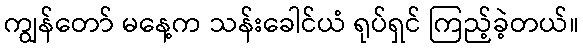
ကျွန်တော် မနေ့က သန်းခေါင်ယံ ရုပ်ရှင် ကြည့်ခဲ့တယ်။